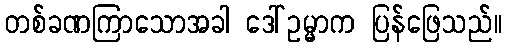
တစ်ခဏကြာသောအခါ ဒေါ်ဥမ္မာက ပြန်ဖြေသည်။